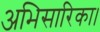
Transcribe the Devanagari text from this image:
अभिसारिका।